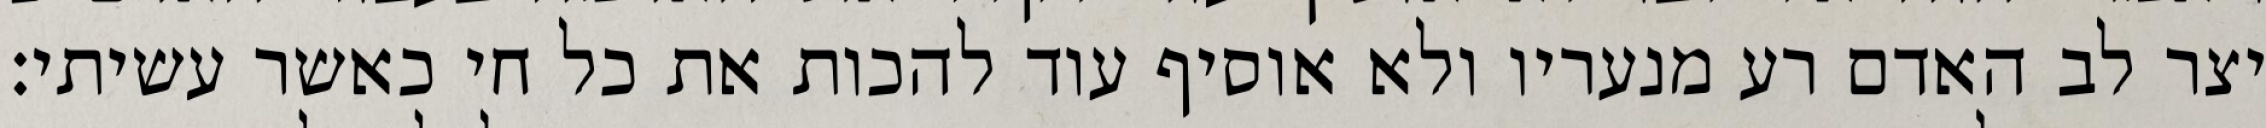
יצר לב האדם רע מנעריו ולא אוסיף עוד להכות את כל חי כאשר עשיתי׃